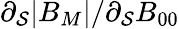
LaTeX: \partial_{\mathcal{S}}|B_{M}|/\partial_{\mathcal{S}}B_{00}